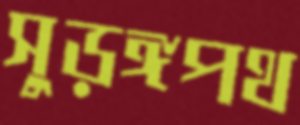
সুড়ঙ্গপথ